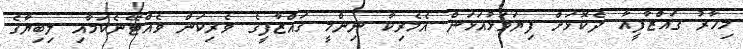
މިހާރު ގައްޒާފީއާ ދެކޮޅަށް ފިޔަވަޅުއަޅަން އެމެރިކާ ނިންމީ ގައްޒާފީގެ ވެރިކަން ވެއްޓޭނެކަމާއި ލިބިޔާގެ